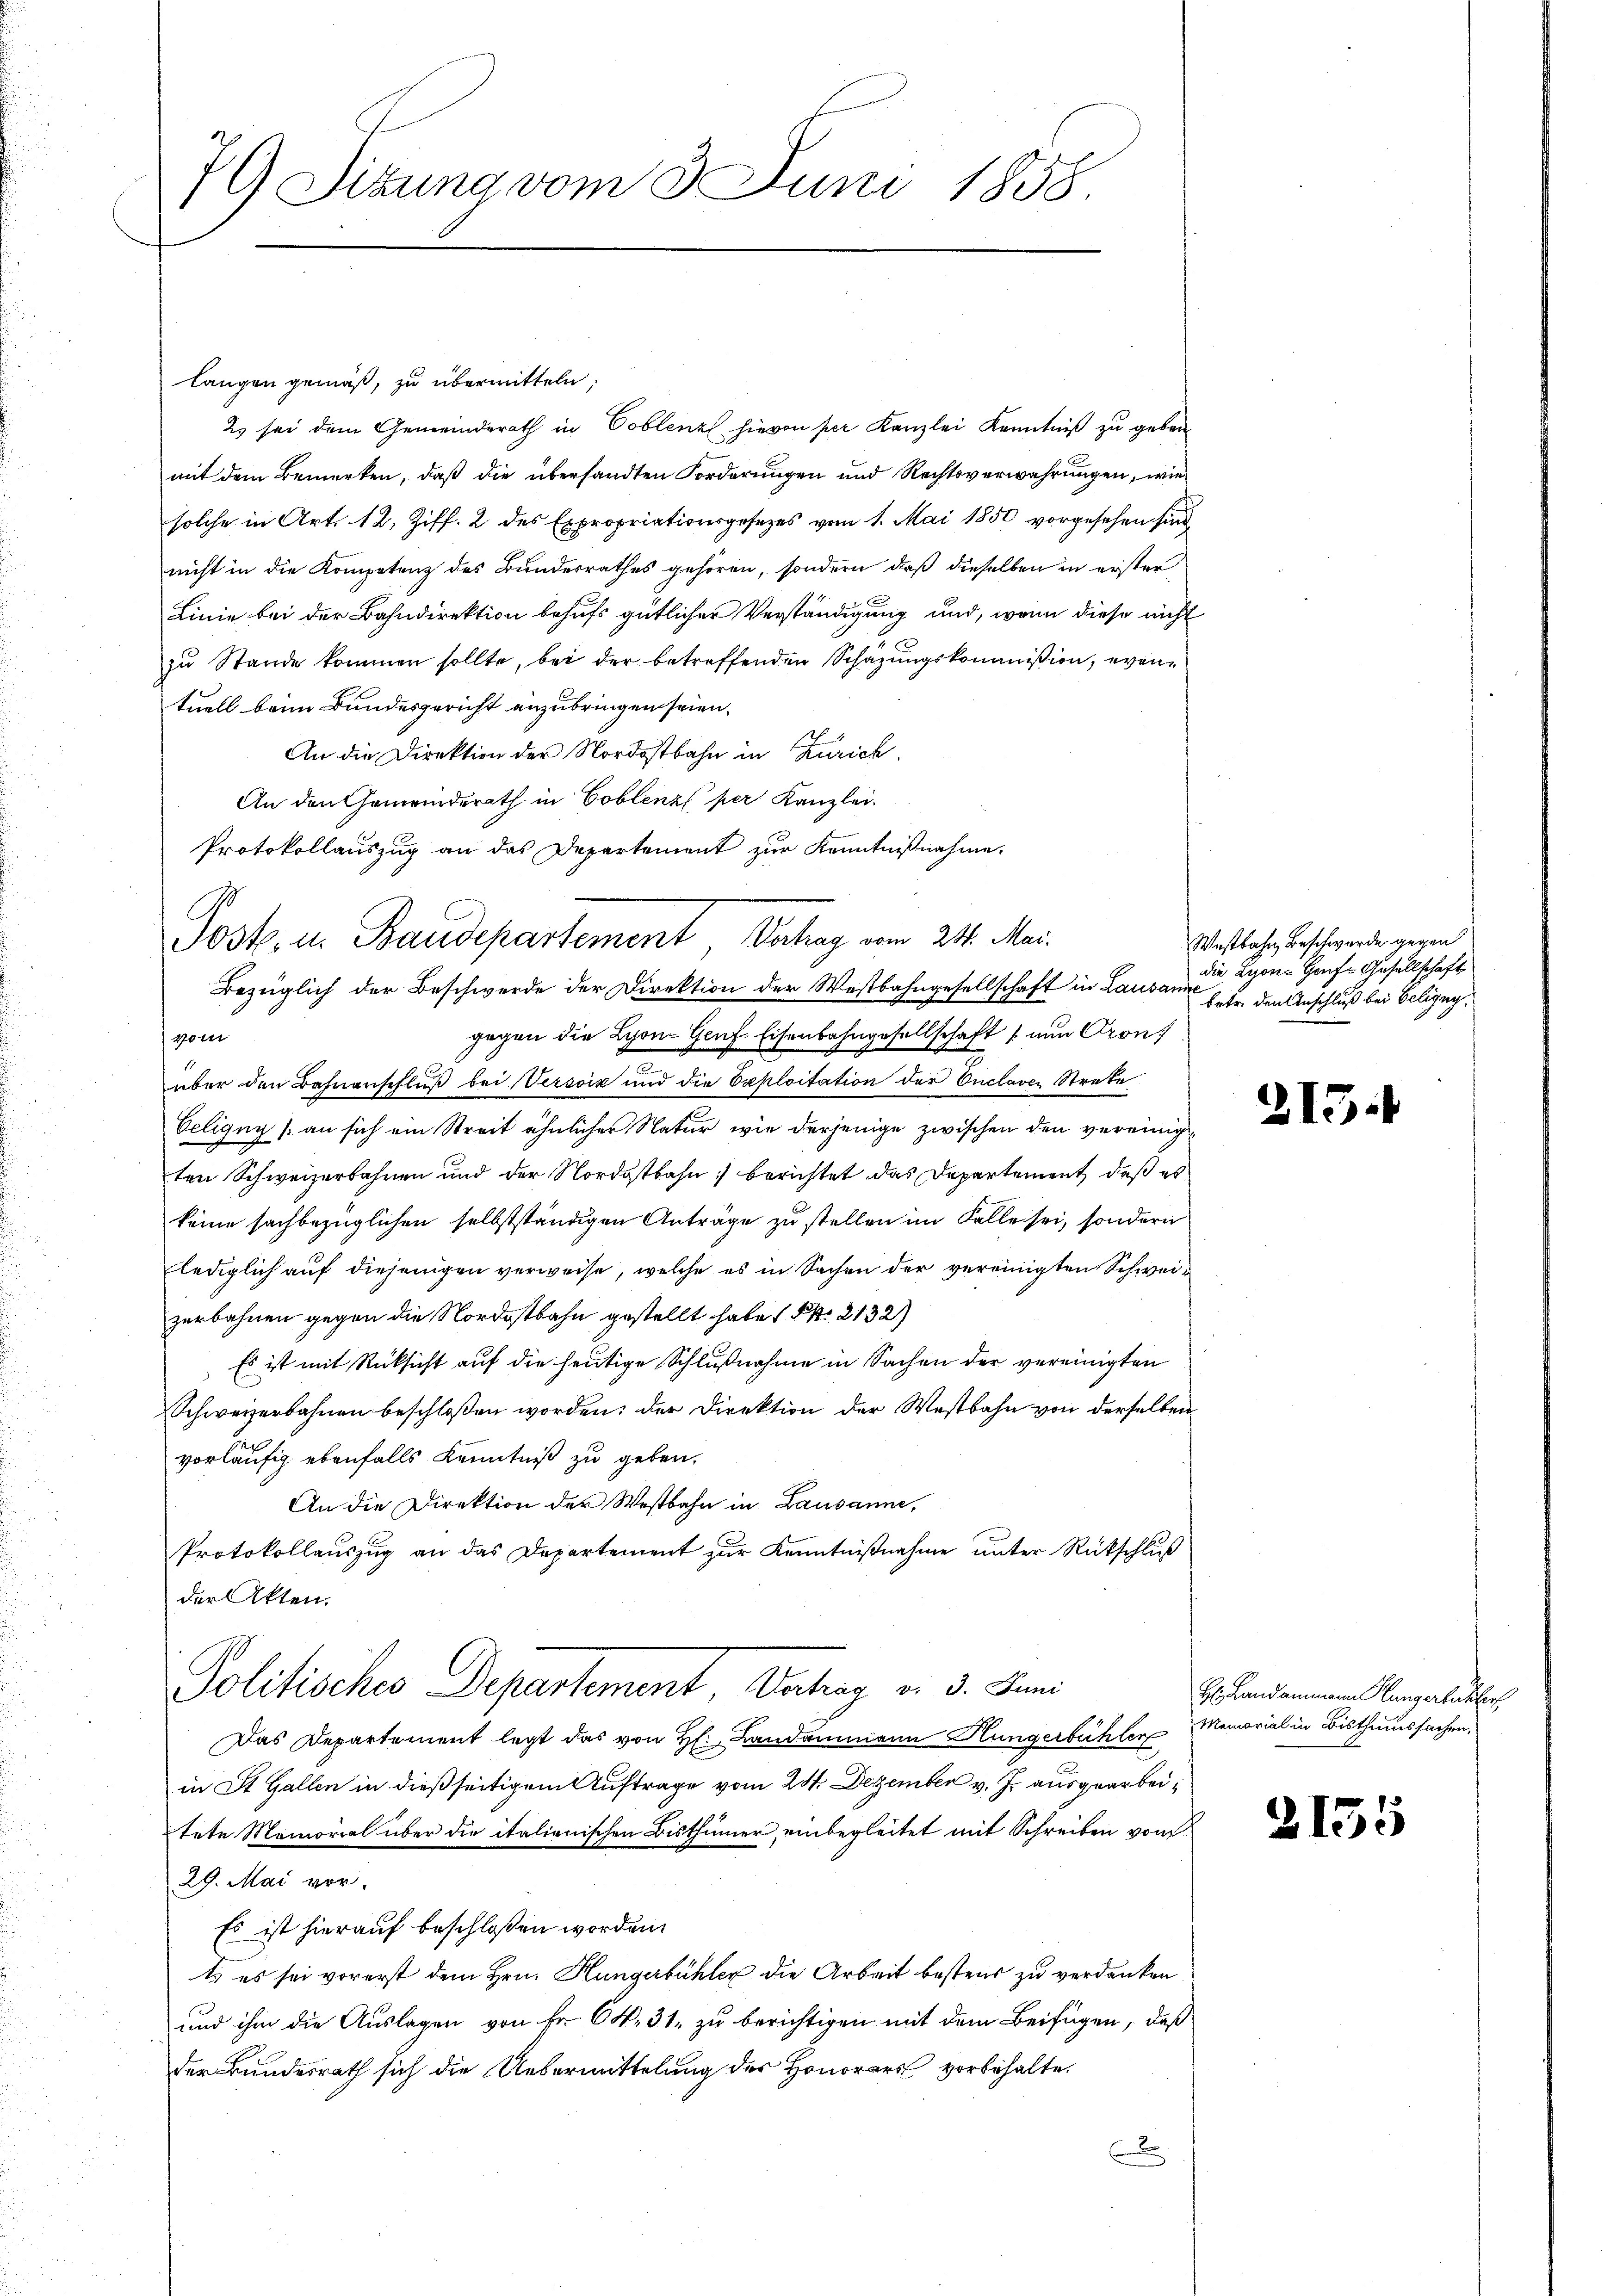
79 Sitzung vom 3. Juni 1858.

langen gemäß, zu übermitteln;
2 sei dem Gemeinderath in Coblenz hievon per Kanzlei Kenntniß zu gebau
mit dem Bemerken, daß die übersandten Forderungen und Rechtsverwahrungen, wie
solche in Art. 12. Ziff. 2 des Expropriationsgesezes vom 1. Mai 1850 vorgesehen sind,
nicht in die Kompetenz des Bundesrathes gehören, sondern, daß dieselben in erster
Linie bei der Bahndirektion behufs gütlicher Verständigung und, wenn diese nicht
zu Stande kommen sollte, bei der betreffenden Schazungskommißion, eventuell beim Bundesgericht anzubringen seien.
An die Direktion der Nordostbahn in Zürich,
An den Gemeindsrath in Coblenz per Kanzlei.
Bezüglich der Beschwerde der Direktion der Westbahngesellschaft in Lausann
gegen die Lyon- Genf. Eisenbahngesellschaft nun Pron
vom
über den Bahnanschluß bei Versciz und die Exploitation der Onclaven Streke
Celigny (an sich ein Streit ähnlicher Natur wie derjenige zwischen den vereinig
ten Schweizerbahnen und der Nordostbahn berichtet das Departement, daß es
keine sachbezüglichen selbstständigen Anträge zu stellen im Falle sei, sondern
lediglich auf diejenigen verweise, welche es in Sachen der vereinigten Schweizerbahnen gegen die Nordostbahn gestellt habe (§ 2132)
Es ist mit Rücksicht auf die heutige Schlußnahme in Sachen der vereinigten
Schweizerbahnen beschloßen worden; der Direktion der Westbahn von derselben
vorläufig ebenfalls Kenntniß zu geben.
An die Direktion der Westbahn in Lausanne,
Protokollauszug an das Departement zur Kenntnißnahme unter Rückschluß
der Akten.
Politisches Departement, Vortrag v. 3. Juni
Das Departement legt das von H: Landammann Hungerfehler Memorial in Bisthumssachen,
in St. Gallen in dießseitigem Auftrage vom 24. Dezember v. J. ausgearbeitete Momorial über die italienischen Bisthümer, einbegleitet mit Schreiben vom
29. Mai vor.
Es ist hierauf beschloßen worden.
t es sei vorerst dem Hrn. Hungerbühler die Arbeit bestens zu verdanken,
und ihm die Auslagen von Fr. 64. 31. zu berichtigen mit dem Beifügen, daß
der Bundesrath sich die Uebermittelung des Honorars vorbehalte.
x

Protokollauszug an das Departement zur Kenntnißnahme.
Post in Baudepartement vom 21. Ma

Westbahn, Beschwerde gegen
die Lyon-Haufs Gesellschaft
betr. den Anschluß bei Beligny,

215.

H. Landammann angerbachter

2155